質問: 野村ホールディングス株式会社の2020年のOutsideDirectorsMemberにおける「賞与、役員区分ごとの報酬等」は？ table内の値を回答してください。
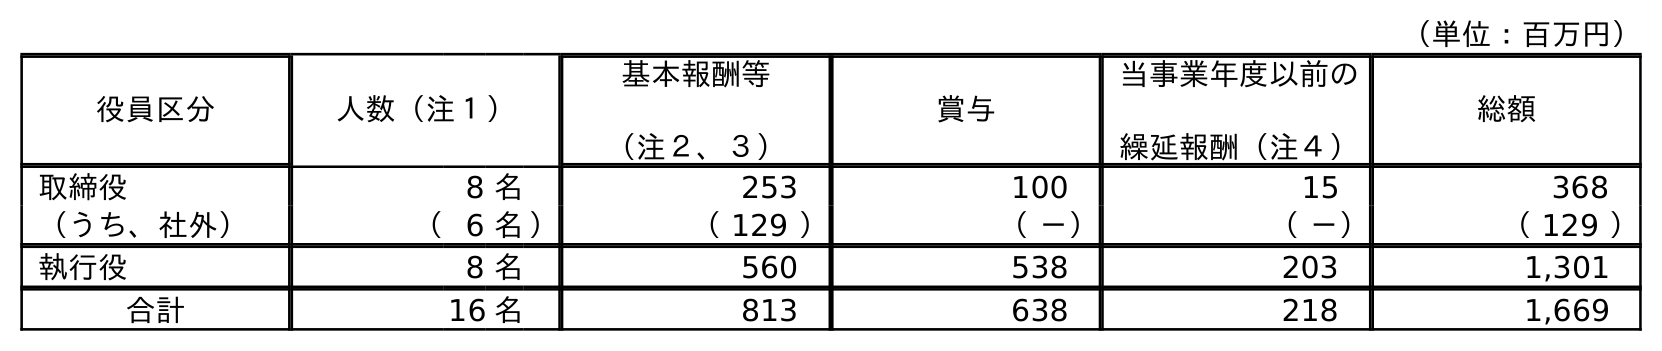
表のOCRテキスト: （単位：百万円） 役員区分 人数（注１） 基本報酬等 （注２、３） 賞与 当事業年度以前の 繰延報酬（注４） 総額 取締役 8 名 253 100 15 368 （うち、社外） （6 名） （ 129 ） （ －） （ －） （ 129 ） 執行役 8 名 560 538 203 1,301 合計 16 名 813 638 218 1,669
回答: （－）